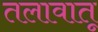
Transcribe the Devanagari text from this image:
तलावातू